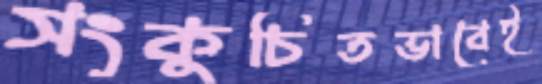
সংকুচিতভাবেই